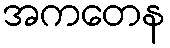
အကတေန